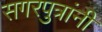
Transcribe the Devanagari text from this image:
सगरपुत्रांनी